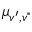
\mu _ { v ^ { \prime } , v " }